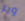
ويز